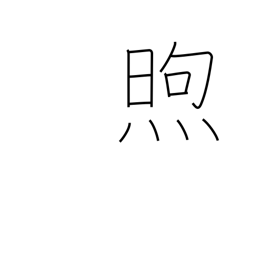
Meaning: warm